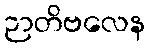
ဉာတိဗလေန